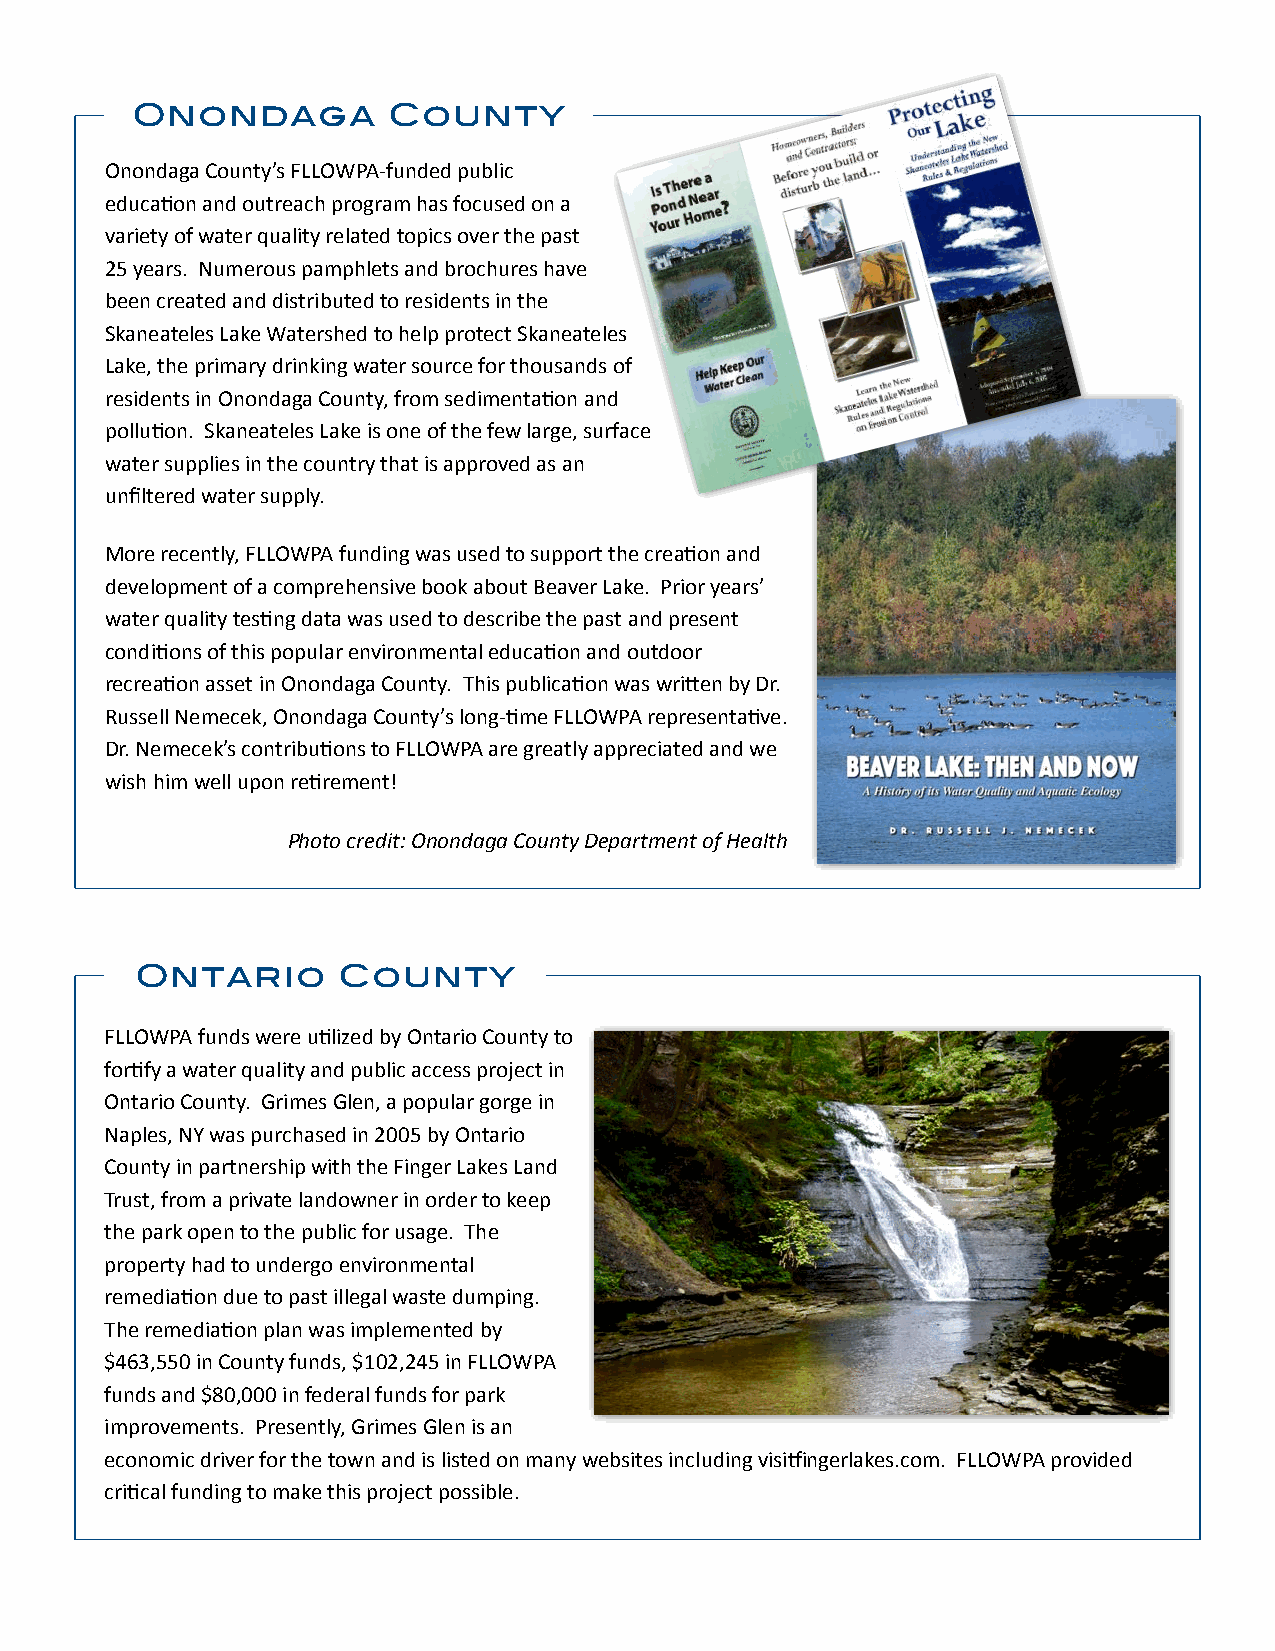
Onondaga         County
 Onondaga County’s FLLOWPA-funded public
 educa0on and outreach program has focused on a
 variety of water quality related topics over the past
 25 years. Numerous pamphlets and brochures have
 been created and distributed to residents in the
 Skaneateles Lake Watershed to help protect Skaneateles
 Lake, the primary drinking water source for thousands of
 residents in Onondaga County, from sedimenta0on and
 pollu0on. Skaneateles Lake is one of the few large, surface
 water supplies in the country that is approved as an
 unfiltered water supply.
 More recently, FLLOWPA funding was used to support the crea0on and
 development of a comprehensive book about Beaver Lake. Prior years’
 water quality tes0ng data was used to describe the past and present
 condi0ons of this popular environmental educa0on and outdoor
 recrea0on asset in Onondaga County. This publica0on was wriien by Dr.
 Russell Nemecek, Onondaga County’s long-0me FLLOWPA representa0ve.
 Dr. Nemecek’s contribu0ons to FLLOWPA are greatly appreciated and we
 wish him well upon re0rement!
 Photo credit: Onondaga County Department of Health
 Ontario      County
 FLLOWPA funds were u0lized by Ontario County to
 for0fy a water quality and public access project in
 Ontario County. Grimes Glen, a popular gorge in
 Naples, NY was purchased in 2005 by Ontario
 County in partnership with the Finger Lakes Land
 Trust, from a private landowner in order to keep
 the park open to the public for usage. The
 property had to undergo environmental
 remedia0on due to past illegal waste dumping.
 The remedia0on plan was implemented by
 $463,550 in County funds, $102,245 in FLLOWPA
 funds and $80,000 in federal funds for park
 improvements. Presently, Grimes Glen is an
 economic driver for the town and is listed on many websites including visitingerlakes.com. FLLOWPA provided
 cri0cal funding to make this project possible.